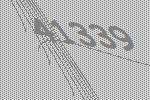
41339